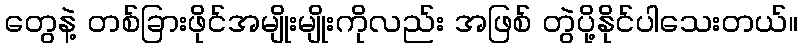
တွေနဲ့ တစ်ခြားဖိုင်အမျိုးမျိုးကိုလည်း အဖြစ် တွဲပို့နိုင်ပါသေးတယ်။